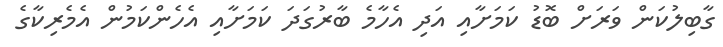
ގާބިލުކަން ވަރަށް ބޮޑު ކަމަށާއި އަދި އެހާމެ ބާރުގަދަ ކަމަށާއި އެހެންކަމުން އެމެރިކާގެ